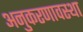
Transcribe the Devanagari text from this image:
अनुकरणावस्था